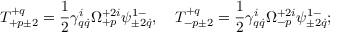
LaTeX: T _ { + p \pm 2 } ^ { + q } = \frac 1 2 \gamma _ { q \dot { q } } ^ { i } \Omega _ { + p } ^ { + 2 i } \psi _ { \pm 2 \dot { q } } ^ { 1 - } , \quad T _ { - p \pm 2 } ^ { + q } = \frac 1 2 \gamma _ { q \dot { q } } ^ { i } \Omega _ { - p } ^ { + 2 i } \psi _ { \pm 2 \dot { q } } ^ { 1 - } ;